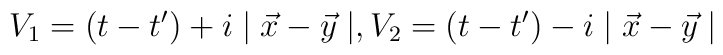
V_1=(t-t^\prime)+i\mid \vec{x}-\vec{y} \mid,V_2=(t-t^\prime)-i\mid\vec{x}-\vec{y} \mid